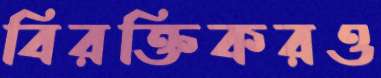
বিরক্তিকরও